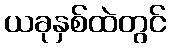
ယခုနှစ်ထဲတွင်